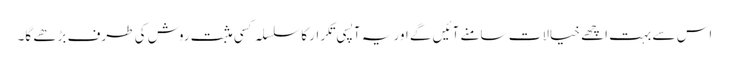
اس سے بہت اچھے خیالات سامنے آئیں گے اور یہ آپسی تکرار کا سلسلہ کسی مثبت روش کی طرف بڑھے گا۔